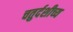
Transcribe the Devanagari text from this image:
चतुर्दशीच्य